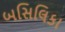
બસિલિકા